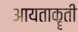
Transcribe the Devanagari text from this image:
आयताकॄती